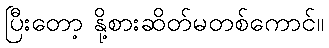
ပြီးတော့ နို့စားဆိတ်မတစ်ကောင်။